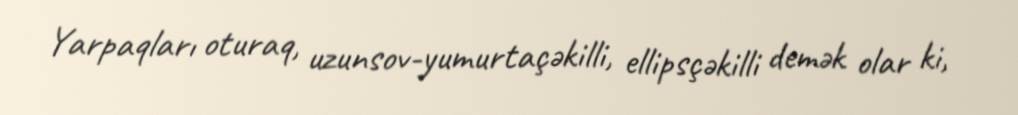
Yarpaqları oturaq, uzunsov-yumurtaçəkilli, ellipsçəkilli demək olar ki,